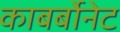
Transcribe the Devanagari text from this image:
काबर्बोनेट